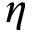
\eta